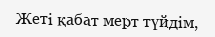
Жеті қабат мерт түйдім,